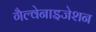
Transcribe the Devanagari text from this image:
गैल्वेनाइजेशन